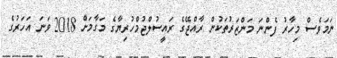
ނަމަވެސް މިހާރު ފެންނަ މަންޒަރުތަކުން ރާއްޖޭގެ ރައީސުލްޖުމްހުރިޔާގެ މަގާމަށް 2018 ވަނަ އަހަރުގެ